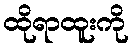
ထိုရာထူးကို